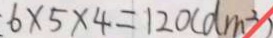
6 \times 5 \times 4 = 1 2 0 ( d m ^ { 3 } )